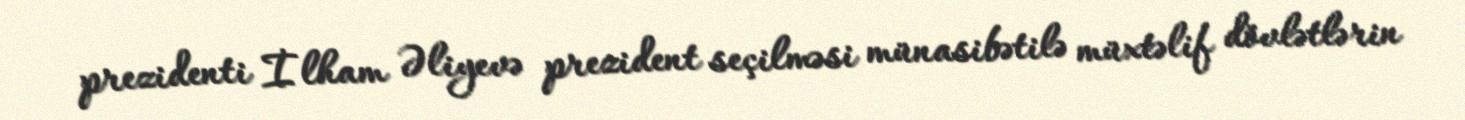
prezidenti İlham Əliyevə prezident seçilməsi münasibətilə müxtəlif dövlətlərin